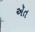
ઍત